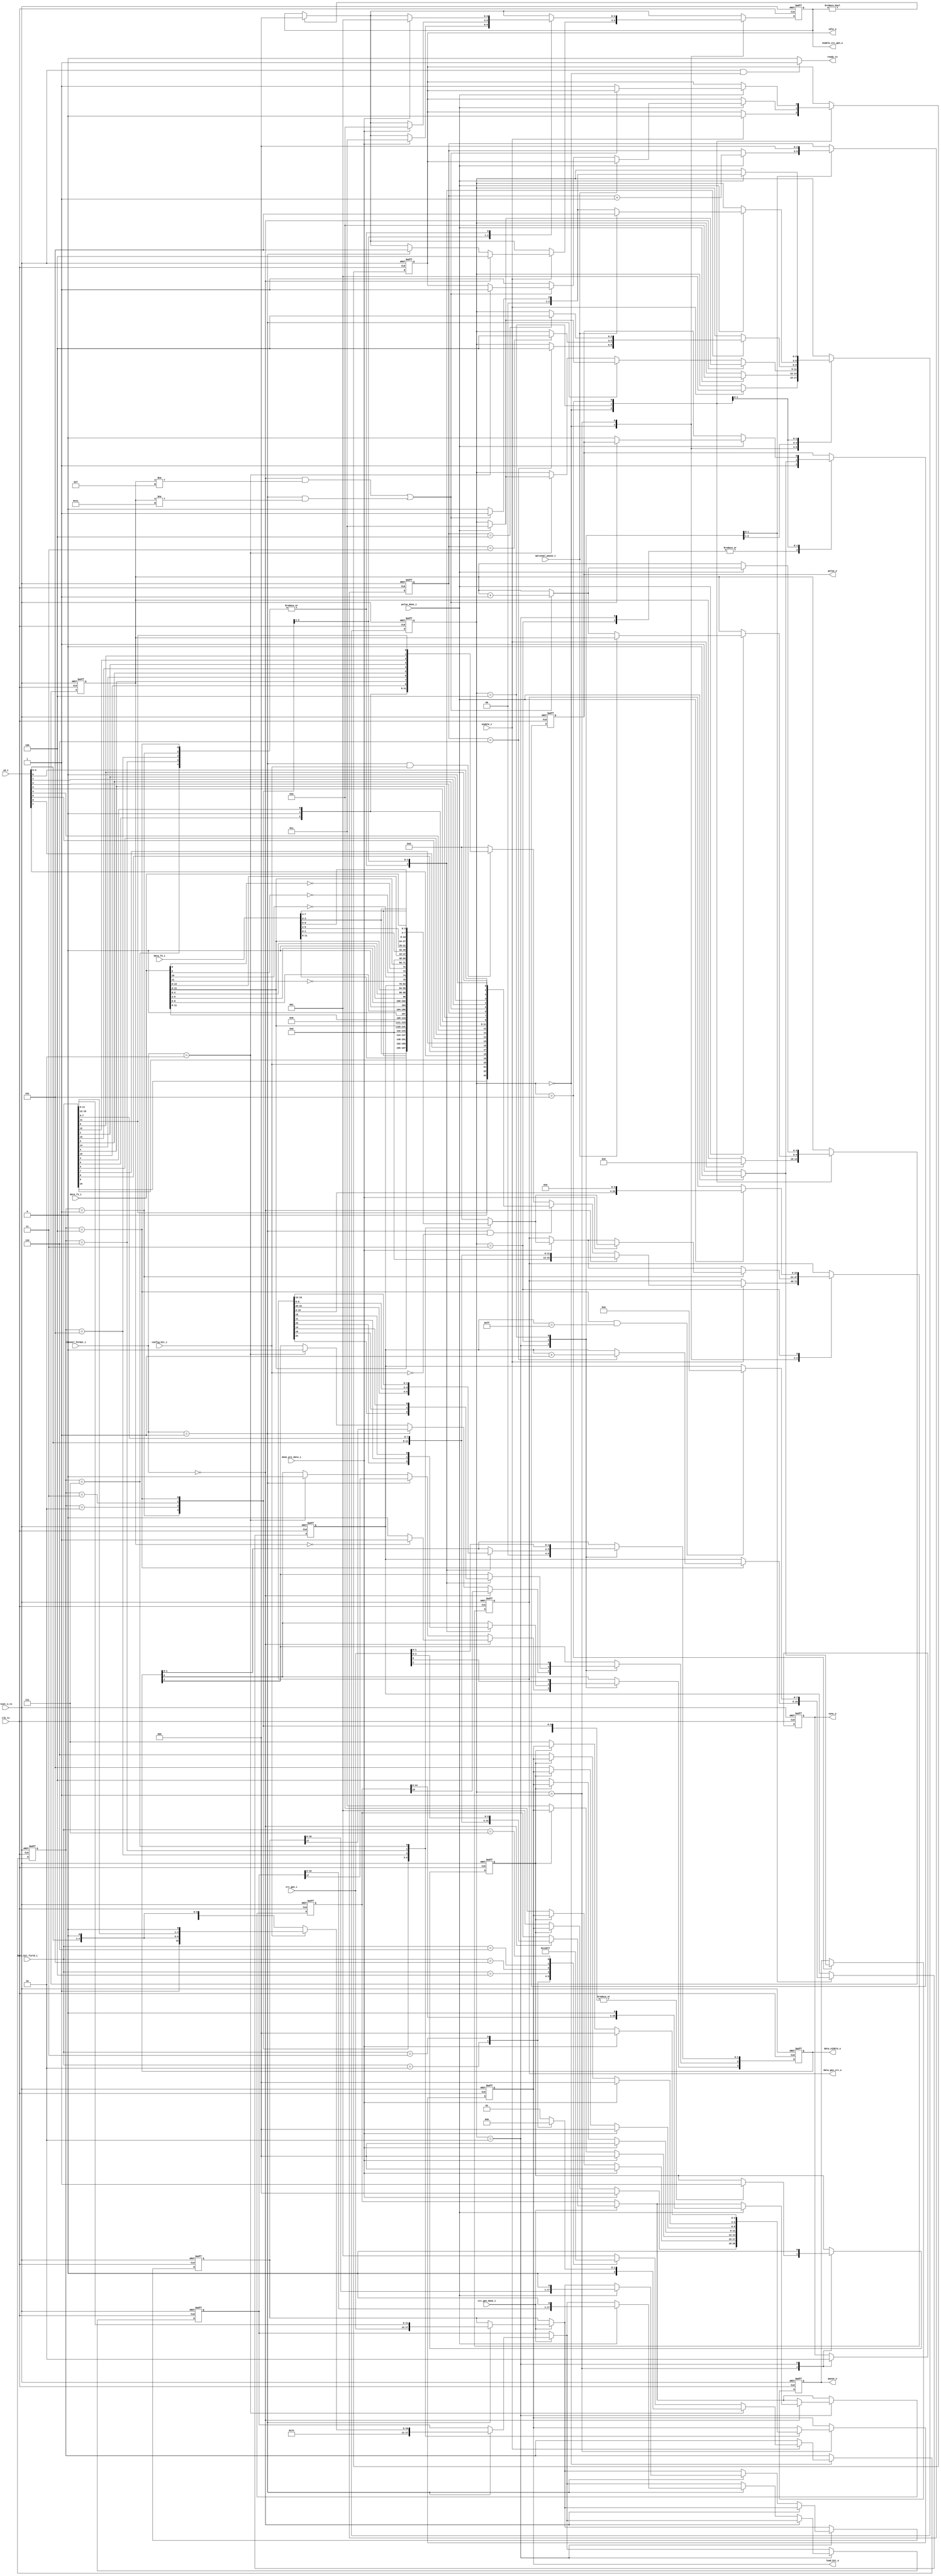
module sent_tx_control(
	//clk_tx and reset_n_tx
	input clk_tx,
	input reset_n_tx,
	
	//normal input
	input [1:0] channel_format_i, //2'b00: serial, 2'b01: enhanced, 2'b10: fast
	input optional_pause_i,
	input config_bit_i,
	input enable_i,
	input [7:0] id_i,
	input [15:0] data_bit_field_i,
	
	//signals to crc block
	input [5:0] crc_gen_i,
	input crc_gen_done_i,
	output reg [2:0] enable_crc_gen_o,	// 3'b001: 6nb, 3'b010: 4nb, 3'b011: 3nb, 3'b100: serial, 3'b101: enhanced
	output reg [23:0] data_gen_crc_o,

	//signals to pulse_o gen block
	input pulse_done_i,
	output reg [3:0] data_nibble_o,
	output reg pulse_o,
	output reg sync_o,
	output reg pause_o,
	output reg idle_o,
	
	//signals to data reg block
	input [15:0] data_f1_i,
	input [11:0] data_f2_i,
	input done_pre_data_i,
	output reg [2:0] load_bit_o,
	output ready_tx
	);

	//frame format of fast channels
	localparam TWO_FAST_CHANNELS_12_12 = 1;
	localparam ONE_FAST_CHANNELS_12 = 2;
	localparam HIGH_SPEED_ONE_FAST_CHANNEL_12 = 3;
	localparam SECURE_SENSOR = 4;
	localparam SINGLE_SENSOR_12_0 = 5;
	localparam TWO_FAST_CHANNELS_14_10 = 6;
	localparam TWO_FAST_CHANNELS_16_8 = 7;

	//state FSMs
	localparam IDLE = 3'b000;
	localparam SYNC = 3'b001;
	localparam STATUS = 3'b010;
	localparam DATA = 3'b011;
	localparam CRC = 3'b100;
	localparam PAUSE = 3'b101;

	reg [2:0] frame_format;
	reg [2:0] state;
	reg [4:0] count_frame;
	reg [2:0] count_nibble;
	reg count_load;
	reg [15:0] saved_short_data;
	reg [17:0] saved_enhanced_bit3;
	reg [17:0] saved_enhanced_bit2;
	reg [7:0] bit_counter;
	reg [23:0] data_gen_crc;
	reg [2:0] saved_frame_format;
	reg [23:0] saved_data_fast;

	assign ready_tx = ((reset_n_tx == 1) && (state == IDLE)) ? 1 : 0;	
	//PREPARE DATA CHANNEL TO GEN CRC
	always @(*) begin
		if(channel_format_i == 0) begin data_gen_crc = {id_i[3:0], data_bit_field_i[7:0]}; end
		else if(channel_format_i == 1 && !config_bit_i) begin 
			data_gen_crc = {data_bit_field_i[11], 1'b0, data_bit_field_i[10], config_bit_i
					,data_bit_field_i[9], id_i[7], data_bit_field_i[8], id_i[6]
					,data_bit_field_i[7], id_i[5] , data_bit_field_i[6], id_i[4]
					,data_bit_field_i[5], 1'b0, data_bit_field_i[4], id_i[3]
					,data_bit_field_i[3], id_i[2], data_bit_field_i[2], id_i[1]
					,data_bit_field_i[1], id_i[0], data_bit_field_i[0], 1'b0 };
		end
		else if(channel_format_i == 1 && config_bit_i) begin 
			data_gen_crc = {data_bit_field_i[11], 1'b0, data_bit_field_i[10], config_bit_i
					,data_bit_field_i[9], id_i[3], data_bit_field_i[8], id_i[2]
					,data_bit_field_i[7], id_i[1], data_bit_field_i[6], id_i[0]
					,data_bit_field_i[5], 1'b0, data_bit_field_i[4], data_bit_field_i[15]
					,data_bit_field_i[3], data_bit_field_i[14], data_bit_field_i[2], data_bit_field_i[13]
					,data_bit_field_i[1], data_bit_field_i[12], data_bit_field_i[0], data_bit_field_i[11] };	
		end
		else data_gen_crc = 0;
	end

	//DEFINE FRAME FORMAT	
	always @(*) begin
		if(channel_format_i == 2'b10) begin
			case(data_bit_field_i)
				16'h001: frame_format = TWO_FAST_CHANNELS_12_12;
				16'h002: frame_format = ONE_FAST_CHANNELS_12;
				16'h003: frame_format = HIGH_SPEED_ONE_FAST_CHANNEL_12;
				default: frame_format = TWO_FAST_CHANNELS_12_12;
			endcase
			
		end
		else begin
			case(data_bit_field_i)
				16'h001: frame_format = TWO_FAST_CHANNELS_12_12;
				16'h002: frame_format = ONE_FAST_CHANNELS_12;
				16'h003: frame_format = HIGH_SPEED_ONE_FAST_CHANNEL_12;
				16'h004: frame_format = SECURE_SENSOR;
				16'h005: frame_format = SINGLE_SENSOR_12_0;
				16'h006: frame_format = TWO_FAST_CHANNELS_14_10;
				16'h007: frame_format = TWO_FAST_CHANNELS_16_8;
				default: frame_format = TWO_FAST_CHANNELS_12_12;
			endcase
		end
	end

	//PREPARE DATA FAST
	always @(*) begin
		case(saved_frame_format)
			TWO_FAST_CHANNELS_12_12: 	begin saved_data_fast = {data_f1_i[11:0], data_f2_i[3:0], data_f2_i[7:4], data_f2_i[11:8]}; 					end
			ONE_FAST_CHANNELS_12: 		begin saved_data_fast = {data_f1_i[11:0]}; 											end
			HIGH_SPEED_ONE_FAST_CHANNEL_12: begin saved_data_fast = {1'b0,data_f1_i[11:9],1'b0,data_f1_i[8:6],1'b0,data_f1_i[5:3],1'b0,data_f1_i[2:0]}; 			end
			SECURE_SENSOR:			begin saved_data_fast = {data_f1_i[11:0], bit_counter[7:0], !data_f1_i[11], !data_f1_i[10], !data_f1_i[9], !data_f1_i[8]}; 	end
			SINGLE_SENSOR_12_0:		begin saved_data_fast = {data_f1_i[11:0],12'b0}; 										end
			TWO_FAST_CHANNELS_14_10:	begin saved_data_fast = {data_f1_i[13:0],data_f2_i[1:0],data_f2_i[5:2],data_f2_i[9:6]}; 					end
			TWO_FAST_CHANNELS_16_8:		begin saved_data_fast = {data_f1_i,data_f2_i[3:0],data_f2_i[7:4]}; 								end
			default: 			begin saved_data_fast = 24'h000000; end
		endcase
	end

	//FSM
	always @(posedge clk_tx or negedge reset_n_tx) begin
		if(!reset_n_tx) begin
			enable_crc_gen_o <= 0;	
			data_gen_crc_o <= 0;
			data_nibble_o <= 0;
			pulse_o <= 0;
			sync_o <= 0;
			pause_o <= 0;
			idle_o <= 0;
			load_bit_o <= 0;
			state <= IDLE;
			count_frame <= 0;
			count_nibble <= 0;
			count_load <= 0;
			saved_short_data <= 0;
			saved_enhanced_bit3 <= 0;
			saved_enhanced_bit2 <= 0;
			bit_counter <= 0;
			saved_frame_format <= 0;
		end
		else begin
			if(enable_crc_gen_o != 0) begin enable_crc_gen_o <= 0; end //Turn off at next posedge clk_tx

			if(crc_gen_done_i) begin
				case(channel_format_i)
					2'b00: saved_short_data <= {id_i[3:0], data_bit_field_i[7:0], crc_gen_i[3:0]}; //saved_short_data
					2'b01: begin // enhanced
						if(!config_bit_i) begin
							saved_enhanced_bit3 <= {7'b1111110, config_bit_i, id_i[7:4],1'b0,id_i[3:0], 1'b0};
							saved_enhanced_bit2 <= {crc_gen_i, data_bit_field_i[11:0]};
						end
						else begin
							saved_enhanced_bit3 <= {7'b1111110, config_bit_i, id_i[3:0], 1'b0, data_bit_field_i[15:12], 1'b0};
							saved_enhanced_bit2 <= {crc_gen_i, data_bit_field_i[11:0]};
						end
					end
				endcase 
			end

			case(state) 
				IDLE: begin
					
					//CHANGE STATE					
					if(enable_i) begin
						state <= SYNC;
						count_frame <= 0;
						idle_o <= 0;

						//PREPARE DATA CHANNEL TO GEN CRC
						data_gen_crc_o <= data_gen_crc;						
						saved_frame_format <= frame_format;
						if(channel_format_i == 2'b00) begin enable_crc_gen_o <= 3'b100; end
						else if(channel_format_i == 2'b01) begin enable_crc_gen_o <= 3'b101; end
					end
				end
				SYNC: begin
					//CHANGE STATE
					sync_o <= 1;
					if(pulse_done_i) begin
    						state <= STATUS;
  					end
					if(done_pre_data_i) begin data_gen_crc_o <= saved_data_fast; end
					//PRE DATA FAST && enable_i CRC DATA FAST
						case(saved_frame_format) 
							TWO_FAST_CHANNELS_12_12: begin 
								if(count_load == 0) begin load_bit_o <= 3'b001; count_load <= 1; end 
								if(done_pre_data_i) begin 	
									enable_crc_gen_o <= 3'b001; 
									load_bit_o <= 3'b000; 
									data_gen_crc_o <= saved_data_fast;
								end
							end
						
							ONE_FAST_CHANNELS_12: begin 
								if(count_load == 0) begin load_bit_o <= 3'b010; count_load <= 1; end 
								if(done_pre_data_i) begin 
									enable_crc_gen_o <= 3'b011; 
									load_bit_o <= 3'b000; 
								end
							end

							HIGH_SPEED_ONE_FAST_CHANNEL_12: begin 
								if(count_load == 0) begin load_bit_o <= 3'b011; count_load <= 1; end 
								if(done_pre_data_i) begin 
									enable_crc_gen_o <= 3'b010; 
									load_bit_o <= 3'b000; 
								end 
							end

							SECURE_SENSOR: begin 
								if(count_load == 0) begin load_bit_o <= 3'b100; count_load <= 1; end 
								if(done_pre_data_i) begin
									enable_crc_gen_o <= 3'b001; 
										load_bit_o <= 3'b000; 
								end
							end
						
							SINGLE_SENSOR_12_0: begin 
								if(count_load == 0) begin load_bit_o <= 3'b101; count_load <= 1; end 
								if(done_pre_data_i) begin 
									enable_crc_gen_o <= 3'b001; 
									load_bit_o <= 3'b000;
								end
							end
							TWO_FAST_CHANNELS_14_10: begin 
								if(count_load == 0) begin load_bit_o <= 3'b110; count_load <= 1; end 
								if(done_pre_data_i) begin 
									enable_crc_gen_o <= 3'b001; 
									load_bit_o <= 3'b000; 
								end
							end

							TWO_FAST_CHANNELS_16_8: begin 
								if(count_load == 0) begin load_bit_o <= 3'b111; count_load <= 1; end 
								if(done_pre_data_i) begin 
									enable_crc_gen_o <= 3'b001; 
									load_bit_o <= 3'b000; 
								end
							end	
						endcase
			
				end
				STATUS: begin
					count_load <= 0;
					//CONTROL pulse_o GEN
					sync_o <= 0;
					pulse_o <= 1;

					data_nibble_o[1:0] <= 2'b00;
					//CHANGE STATE
					if(channel_format_i == 2'b00) begin
						data_nibble_o[2] <= saved_short_data[15];
						if(count_frame ==0) begin
							data_nibble_o[3] <= 1;
						end
						else data_nibble_o[3] <= 0;

						if(pulse_done_i) begin
    							state <= DATA;
							saved_short_data <= {saved_short_data[14:0], 1'b0};
  						end
					end
					else if(channel_format_i == 2'b01) begin
						data_nibble_o[2] <= saved_enhanced_bit2[17];
						data_nibble_o[3] <= saved_enhanced_bit3[17];

						if(pulse_done_i) begin
    							state <= DATA;
							saved_enhanced_bit2 <= {saved_enhanced_bit2[16:0], 1'b0};
							saved_enhanced_bit3 <= {saved_enhanced_bit3[16:0], 1'b0};
  						end
					end
					else if(channel_format_i == 2'b10) begin
						data_nibble_o <= 0;
						if(pulse_done_i) begin
    							state <= DATA;
					
  						end
					end
				end
				DATA: begin
					//CONTROL pulse_o GEN
					pulse_o <= 1;
					
					if(pulse_done_i) begin
    						count_nibble <= count_nibble + 1;
						data_gen_crc_o <= {data_gen_crc_o[19:0], 4'b0000};
  					end

					case(saved_frame_format)
						TWO_FAST_CHANNELS_12_12, SINGLE_SENSOR_12_0, TWO_FAST_CHANNELS_14_10, TWO_FAST_CHANNELS_16_8: begin 
							data_nibble_o <= data_gen_crc_o[23:20]; 
							if(count_nibble == 6) begin
								state <= CRC;
							end
						end
						SECURE_SENSOR: begin 
							data_nibble_o <= data_gen_crc_o[23:20]; 
							if(count_nibble == 6) begin
								state <= CRC;
								bit_counter <= bit_counter + 1;
							end
						end
						ONE_FAST_CHANNELS_12: begin 
							data_nibble_o <= data_gen_crc_o[11:8]; 
							if(count_nibble == 3) begin
								state <= CRC;
							end
						end
						HIGH_SPEED_ONE_FAST_CHANNEL_12: begin 
							data_nibble_o <= data_gen_crc_o[15:12]; 
							if(count_nibble == 4) begin
								state <= CRC;
							end
						end
					endcase
				end
				
				CRC: begin
					count_nibble <= 0;
					//ROLL BACK BIT COUNTER
					if((saved_frame_format == SECURE_SENSOR) && (bit_counter == 255)) bit_counter <= 0; 

					//CONTROL pulse_o GEN
					pulse_o <= 1;

					//CHANGE STATE
					data_nibble_o <= crc_gen_i[3:0];
					if(pulse_done_i) begin
    						pulse_o <= 0;
						if(optional_pause_i) state <= PAUSE;
						else begin
							if(channel_format_i == 2) begin idle_o <= 1; state <= IDLE; pulse_o <= 0; end
							if( (channel_format_i == 0 && count_frame != 15) || (channel_format_i == 1 && count_frame != 17) ) begin
								state <= SYNC;
								count_frame <= count_frame + 1;
							end
							else begin 
								state <= IDLE; 
								idle_o <= 1; 
								//CONTROL pulse_o GEN
								pulse_o <= 0;
	
							end
						end		
					end
				end
				PAUSE: begin
					
					//CONTROL pulse_o GEN
					pause_o <= 1;

					//CHANGE STATE
					if(pulse_done_i) begin
    						pause_o <= 0;
						if(channel_format_i == 2'b10) state <= IDLE;
						if( (channel_format_i == 2'b00 && count_frame != 15) || (channel_format_i == 2'b01 && count_frame != 17) ) begin
							state <= SYNC;
							count_frame <= count_frame + 1;
						end			
						else begin 
							state <= IDLE; 
							idle_o <= 1; 
							//CONTROL pulse_o GEN
							pulse_o <= 0;	
						end
					end

				end

			endcase
		end
	end
	
	
endmodule